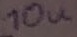
Text: 10u